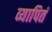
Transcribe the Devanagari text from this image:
व्यापितं